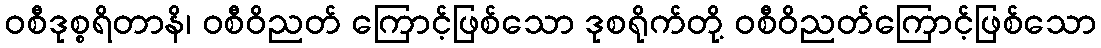
ဝစီဒုစ္စရိတာနိ၊ ဝစီဝိညတ် ကြောင့်ဖြစ်သော ဒုစရိုက်တို့ ဝစီဝိညတ်ကြောင့်ဖြစ်သော